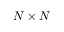
N \times N